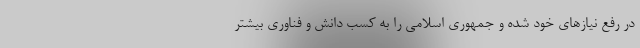
در رفع نیازهای خود شده و جمهوری اسلامی را به کسب دانش و فناوری بیشتر